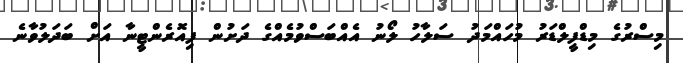
މިސްރުގެ މިޑްފީލްޑަރު މުހައްމަދު ސަލާހު ލޯނު އެއްބަސްވުމެއްގެ ދަށުން ފިއޮރެންޓީނާ އަށް ބަދަލުވާނެ